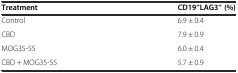
<table><thead><tr><td><b>Treatment</b></td><td><b>CD19<sup>+</sup>LAG3<sup>+</sup>(%)</b></td></tr></thead><tbody><tr><td>Control</td><td>6.9 ± 0.4</td></tr><tr><td>CBD</td><td>7.9 ± 0.9</td></tr><tr><td>MOG35-55</td><td>6.0 ± 0.4</td></tr><tr><td>CBD + MOG35-55</td><td>5.7 ± 0.9</td></tr></tbody></table>